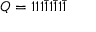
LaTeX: Q = 1 1 1 { \bar { 1 } } 1 { \bar { 1 } } 1 { \bar { 1 } }